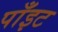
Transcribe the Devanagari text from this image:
पाँइट